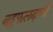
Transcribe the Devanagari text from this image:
बहुफलदायी